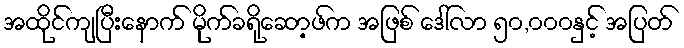
အထိုင်ကျပြီးနောက် မိုက်ခရိုဆော့ဖ်က အဖြစ် ဒေါ်လာ ၅၀,၀၀၀နှင့် အပြတ်